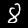
Digit: 8